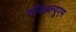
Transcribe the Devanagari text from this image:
सीडब्ल्यूएम